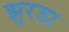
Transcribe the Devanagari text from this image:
झुरडा